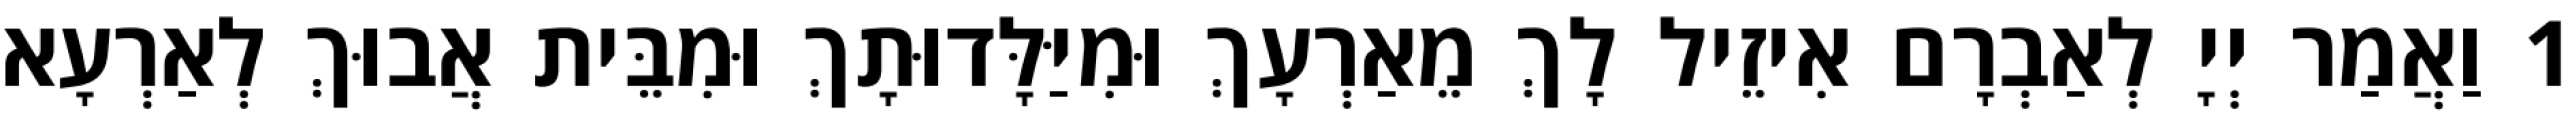
1 וַאֲמַר יְיָ לְאַבְרָם אִיזֵיל לָךְ מֵאַרְעָךְ וּמִיַּלָּדוּתָךְ וּמִבֵּית אֲבוּךְ לְאַרְעָא